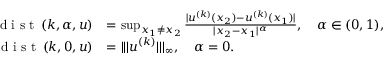
\begin{array} { r l } { \textup { d i s t } \left( k , \alpha , u \right) } & { = \operatorname* { s u p } _ { x _ { 1 } \neq x _ { 2 } } \frac { | u ^ { ( k ) } ( x _ { 2 } ) - u ^ { ( k ) } ( x _ { 1 } ) | } { | x _ { 2 } - x _ { 1 } | ^ { \alpha } } , \quad \alpha \in ( 0 , 1 ) , } \\ { \textup { d i s t } \left( k , 0 , u \right) } & { = | | | u ^ { ( k ) } | | | _ { \infty } , \quad \alpha = 0 . } \end{array}